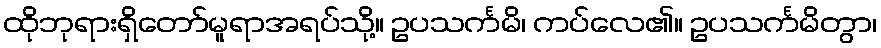
ထိုဘုရားရှိတော်မူရာအရပ်သို့။ ဥပသင်္ကမိ၊ ကပ်လေ၏။ ဥပသင်္ကမိတွာ၊